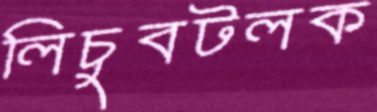
লিচুবটলক